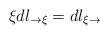
LaTeX: \begin{align*}\xi dl_{\rightarrow\xi}=dl_{\xi\rightarrow}\end{align*}